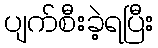
ပျက်စီးခဲ့ရပြီး